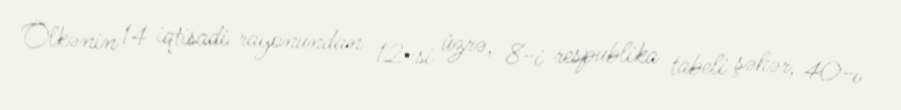
Ölkənin 14 iqtisadi rayonundan 12-si üzrə, 8-i respublika tabeli şəhər, 40-ı